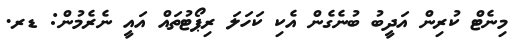
މިނެޓް ކުރިން އަދީބު ބުނެގެން އެކި ކަހަލަ ރިޕޯޓުތައް އައީ ނެރެމުން: ޑރ.